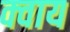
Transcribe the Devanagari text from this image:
क्वाय